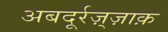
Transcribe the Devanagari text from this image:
अबदूर्रज़्ज़ाक़